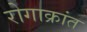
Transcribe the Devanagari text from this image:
रोगाक्रांत